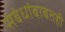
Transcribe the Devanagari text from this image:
संबंधांबाबतही